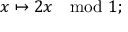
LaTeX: x \mapsto 2 x \mod 1 ;